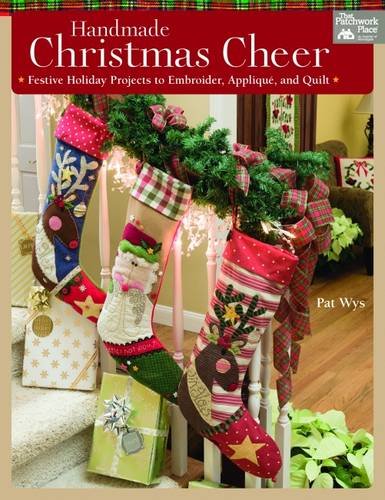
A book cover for Handmade Christmas Cheer: Festive Holiday Projects to Embroider, Applique, and Quilt; Pat Wys; Crafts, Hobbies & Home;